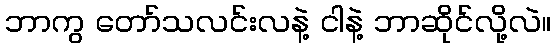
ဘာကွ တော်သလင်းလနဲ့ ငါနဲ့ ဘာဆိုင်လို့လဲ။